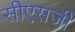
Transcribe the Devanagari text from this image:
सीएसजी